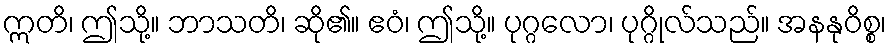
ဣတိ၊ ဤသို့။ ဘာသတိ၊ ဆို၏။ ဧဝံ၊ ဤသို့။ ပုဂ္ဂလော၊ ပုဂ္ဂိုလ်သည်။ အနနုဝိစ္စ၊